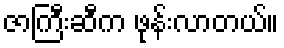
ဇာကြီးဆီက ဖုန်းလာတယ်။